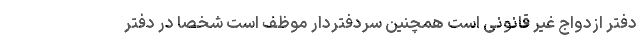
دفتر ازدواج غیر قانونی است همچنین سردفتردار موظف است شخصا در دفتر